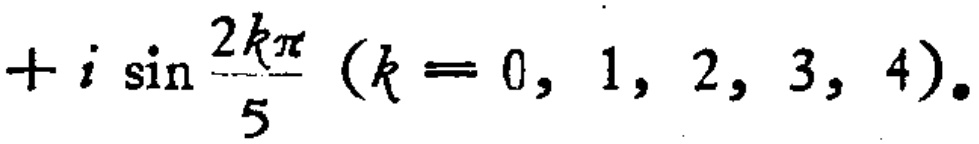
$+i\sin\frac{2k\pi}{5}(k = 0,1,2,3,4)$